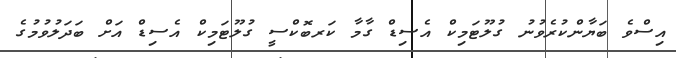
އިސްވެ ބަޔާންކުރެވުނު ގުލޫޓަމިކް އެސިޑް ގާމާ ކަރބޮކްސީ ގުލޫޓަމިކް އެސިޑް އަށް ބަދަލުވުމުގެ